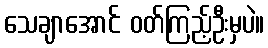
သေချာအောင် ဝတ်ကြည့်ဦးမှပဲ။